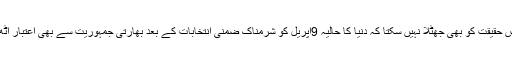
بھارت اس حقیقت کو بھی جھٹلا نہیں سکتا کہ دنیا کا حالیہ 9اپریل کو شرمناک ضمنی انتخابات کے بعد بھارتی جمہوریت سے بھی اعتبار اٹھ رہا ہے۔